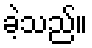
ခဲ့သည်။